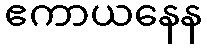
ဧကာယနေန